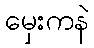
မှေးကနဲ